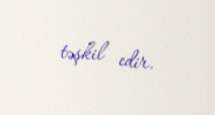
təşkil edir.